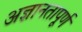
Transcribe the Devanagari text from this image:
अज्ञानतापूर्ण